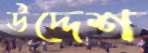
উদ্দেশ